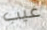
غيب